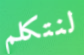
لنتكلم